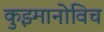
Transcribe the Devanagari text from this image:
कुझ्मानोविच